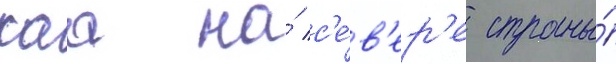
каа на́ с'е́в'ер'е страны́